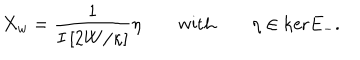
LaTeX: X _ { w } = \frac { 1 } { I \left[ 2 W / \kappa \right] } \eta \qquad \mathrm { w i t h } \qquad \eta \in \mathrm { k e r } E _ { - } .